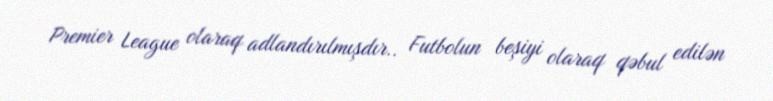
Premier League olaraq adlandırılmışdır.. Futbolun beşiyi olaraq qəbul edilən